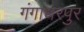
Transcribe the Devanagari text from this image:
गंगाधरपुर